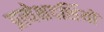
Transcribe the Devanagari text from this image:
प्रत्येक्षदर्शियों